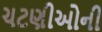
ચટણીઓની